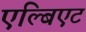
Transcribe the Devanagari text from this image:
एल्बिएट